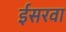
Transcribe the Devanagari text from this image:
ईसरवा